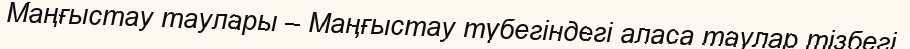
Маңғыстау таулары – Маңғыстау түбегіндегі аласа таулар тізбегі.